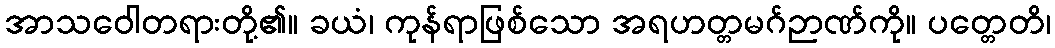
အာသဝေါတရားတို့၏။ ခယံ၊ ကုန်ရာဖြစ်သော အရဟတ္တမဂ်ဉာဏ်ကို။ ပတ္တေတိ၊